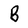
Character: B